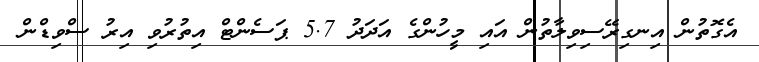
އެގޮތުން އިނގިރޭސިވިލާތުން އައި މީހުންގެ އަދަދު 5.7 ޕަސެންޓް އިތުރުވި އިރު ސްވިޑްން